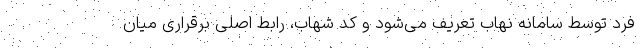
فرد توسط سامانه نهاب تعریف می‌شود و کد شهاب، رابط اصلی برقراری میان